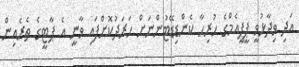
އަދި ވިދާޅުވީ ޕީޕީއެމްގެ ހުރިހާ ކެންޑިޑޭޓުންނަށް ހަރަދުކޮށްފައި ވާނީ އެ ޕާޓީގެ ތެރެއިން